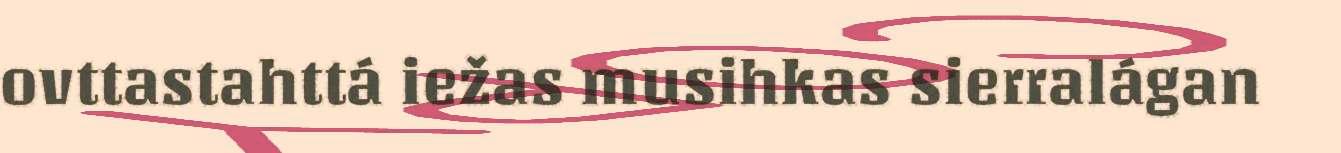
ovttastahttá iežas musihkas sierralágan